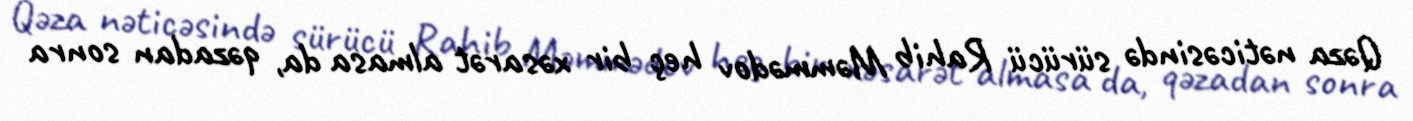
Qəza nəticəsində sürücü Rahib Məmmədov heç bir xəsarət almasa da, qəzadan sonra